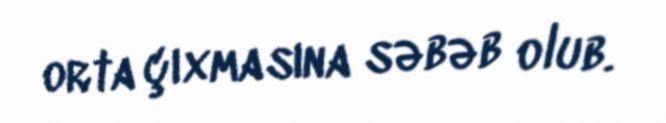
orta çıxmasına səbəb olub.